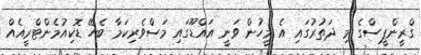
ގްރީންޕީސްގެ މި ދަތުރުގައި އެ މީހުން ވަނީ އައްޑޫގައި މަސްވެރިކަމާ ބެހޭ ޑޮކިއުމެންޓްރީއެއް